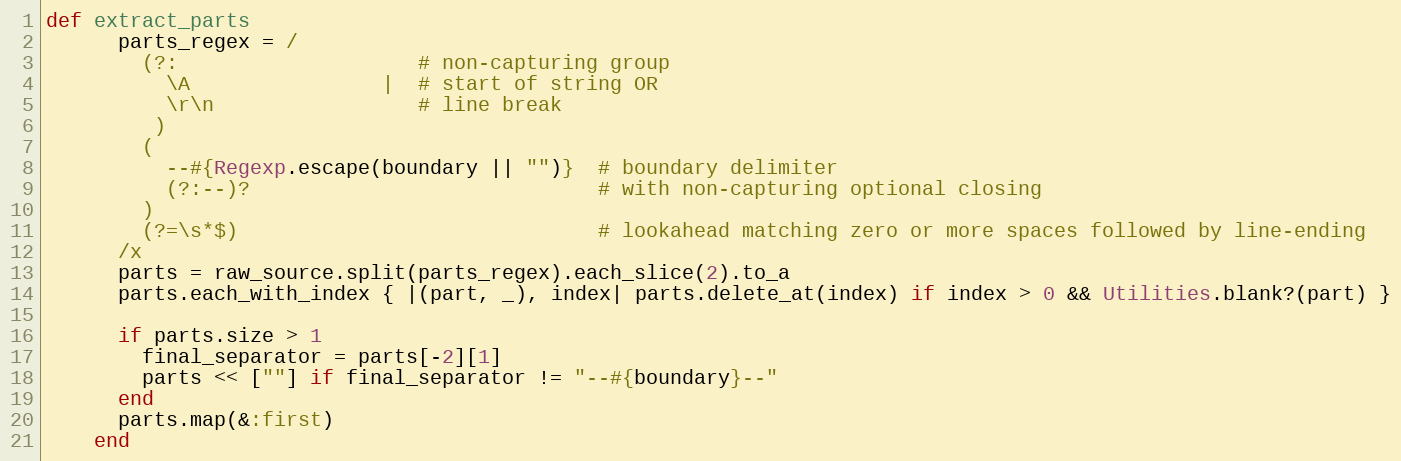
Language: Ruby
def extract_parts
      parts_regex = /
        (?:                    # non-capturing group
          \A                |  # start of string OR
          \r\n                 # line break
         )
        (
          --#{Regexp.escape(boundary || "")}  # boundary delimiter
          (?:--)?                             # with non-capturing optional closing
        )
        (?=\s*$)                              # lookahead matching zero or more spaces followed by line-ending
      /x
      parts = raw_source.split(parts_regex).each_slice(2).to_a
      parts.each_with_index { |(part, _), index| parts.delete_at(index) if index > 0 && Utilities.blank?(part) }

      if parts.size > 1
        final_separator = parts[-2][1]
        parts << [""] if final_separator != "--#{boundary}--"
      end
      parts.map(&:first)
    end